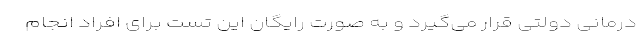
درمانی دولتی قرار می‌گیرد و به صورت رایگان این تست برای افراد انجام